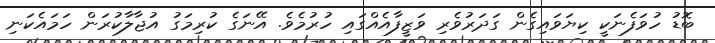
ބޮޑު ހުވަފެނަކީ ކިޔަވައިގެން ގަދަރުވެރި ވަޒީފާއެއްގައި ހުރުމެވެ. އޭނަގެ ކުރިމަގު އުޖާލާކުރަން ހަމައެކަނި